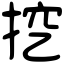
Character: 挖